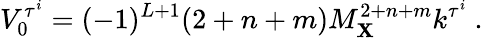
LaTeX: V_{0}^{\tau^{i}}=(-1)^{L+1}(2+n+m)M_{\mathbf{X}}^{2+n+m}k^{\tau^{i}}~.~\,